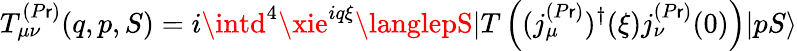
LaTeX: T_{\mu\nu}^{(P\mathsf{r})}(q,p,S)=i\intd^{4}\xie^{iq\xi}\langlepS|T\left((j_{\mu}^{(P\mathsf{r})})^{\dagger}(\xi)j_{\nu}^{(P\mathsf{r})}(0)\right)|pS\rangle